Report of the Indian Hemp Drugs Commission, 1894-1895 - Volume V
Year: 1894
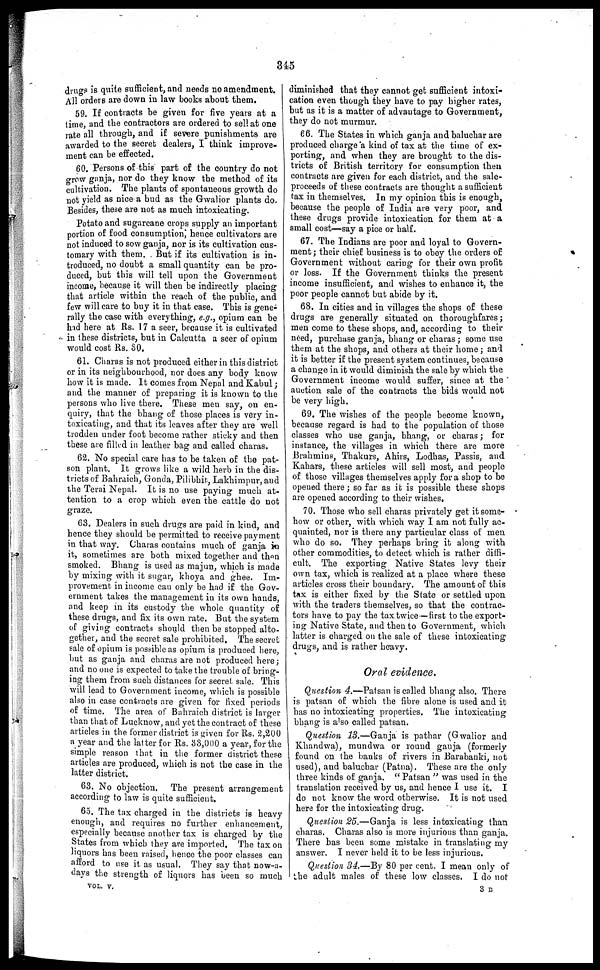
345
drugs is quite sufficient, and needs no amendment. I
All orders are down in law books about them.
59. If contracts be given for five years at a
time and the contractors are ordered to sell at one
rate all through, and if severe punishments are
awarded to the secret dealers, I think improve-
ment can be effected.
60. Persons of this part of the country do not
grow ganja, nor do they know the method of its
cultivation. The plants of spontaneous growth do
not yield as nice a bud as the Gwalior plants do
Besides, these are not as much intoxicating.
Potato and sugarcane crops supply an important
portion of food consumption, hence cultivators are
not induced to sow ganja, nor is its cultivation cus-
tomary with them. But if its cultivation is in-
troduced, no doubt a small quantity can be pro-
duced, but this will tell upon the Government
income, because it will then be indirectly placing
that article within the reach of the public, and
few will care to buy it in that case. This is gene-
rally the case with everything, e.g., opium can be
had here at Rs. 17 a seer, because it is cultivated
in these districts, but in Calcutta a seer of opium
would cost Rs. 30.
61. Charas is not produced either in this district
or in its neighbourhood, nor does any body know
how it is made. It comes from Nepal and Kabul ;
and the manner of preparing it is known to the
persons who live there. These men say, on en-
quiry, that the bhang of those places is very in-
toxicating, and that its leaves after they are well
trodden under foot become rather sticky and then
these are filled in leather bag and called charas.
62. No special care has to be taken of the pat-
son plant. It grows like a wild herb in the dis-
tricts of Bahraich, Gonda, Pilibhit, Lakhimpur, and
the Terai Nepal. It is no use paying much at-
tention to a crop which even the cattle do not
graze.
63. Dealers in such drugs are paid in kind, and
hence they should be permitted to receive payment
in that way. Charas contains much of ganja in
it, sometimes are both mixed together and then
smoked. Bhang is used as majun, which is made
by mixing with it sugar, khoya and ghee. Im-
provement in income can only be had if the Gov-
ernment takes the management in its own hands,
and keep in its custody the whole quantity of
these drugs, and fix its own rate. But the system
of giving contracts should then be stopped alto-
gether, and the secret sale prohibited. The secret
sale of opium is possible as opium is produced here,
but as ganja and charas are not produced here;
and no one is expected to take the trouble of bring-
ing them from such distances for secret sale. This
will lead to Government income, which is possible
also in case contracts are given for fixed periods
of time. The area of Bahraich district is larger
than that of Lucknow, and yet the contract of these
articles in the former district is given for Rs. 2,200
a year and the latter for Rs. 33,000 a year, for the
simple reason that in the former district these
articles are produced, which is not the case in the
latter district.
63. No objection. The present arrangement
according to law is quite sufficient.
65. The tax charged in the districts is heavy
enough, and requires no further enhancement,
especially because another tax is charged by the
States from which they are imported. The tax on
liquors has been raised, hence the poor classes can
afford to use it. as usual. They say that now-a-
days the strength of liquors has been so much
VOL. V.
diminished that they cannot get sufficient intoxi-
cation even though they have to pay higher rates,
but as it is a matter of advantage to Government,
they do not murmur.
66. The States in which ganja and baluchar are
produced charge a kind of tax at the time of ex-
porting, and when they are brought to the dis-
tricts of British territory for consumption then
contracts are given for each district, and the sale-
proceeds of these contracts are thought a sufficient
tax in themselves. In my opinion this is enough,
because the people of India are very poor, and
these drugs provide intoxication for them at a
small cost—say a pice or half.
67. The Indians are poor and loyal to Govern-
ment ; their chief business is to obey the orders of
Government without caring for their own profit
or loss. If the Government thinks the present
income insufficient, and wishes to enhance it, the
poor people cannot but abide by it.
68. In cities and in villages the shops of these
drugs are generally situated on thoroughfares ;
men come to these shops, and, according to their
need, purchase ganja, bhang or charas ; some use
them at the shops, and others at their home ; and
it is better if the present system continues, because
a change in it would diminish the sale by which the
Government income would suffer, since at the
auction sale of the contracts the bids would not
be very high.
69. The wishes of the people become known,
because regard is had to the population of those
classes who use ganja, bhang, or charas ; for
instance, the villages in which there are more
Brahmins, Thakurs, Ahirs, Lodhas, Passis, and
Kahars, these articles will sell most, and people
of those villages themselves apply for a shop to be
opened there ; so far as it is possible these shops
are opened according to their wishes.
70. Those who sell charas privately get it some-
how or other, with which way I am not fully ac-
quainted, nor is there any particular class of men
who do so. They perhaps bring it along with
other commodities, to detect which is rather diffi-
cult. The exporting Native States levy their
own tax, which is realized at a place where these
articles cross their boundary. The amount of this
tax is either fixed by the State or settled upon
with the traders themselves, so that the contrac-
tors have to pay the tax twice—first to the export-
ing Native State, and then to Government, which
latter is charged on the sale of these intoxicating
drugs, and is rather heavy.
Oral evidence.
Question 4.—Patsan is called bhang also. There
is patsan of which the fibre alone is used and it
has no intoxicating properties. The intoxicating
bhang is also called patsan.
Question 13.—Ganja is pathar (Gwalior and
Khandwa), mundwa or round ganja (formerly
found on the banks of rivers in Barabanki, not
used), and baluchar (Patna). These are the only
three kinds of ganja. "Patsan" was used in the
translation received by us, and hence I use it. I
do not know the word otherwise. It is not used
here for the intoxicating drug.
Question 25.—Ganja is less intoxicating than
charas. Charas also is more injurious than ganja.
There has been some mistake in translating my
answer. I never held it to he less injurious.
Question 34.—By 80 per cent. I mean only of
the adult males of these low classes. I do not
3 C